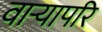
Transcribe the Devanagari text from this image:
वाऱ्यापरि